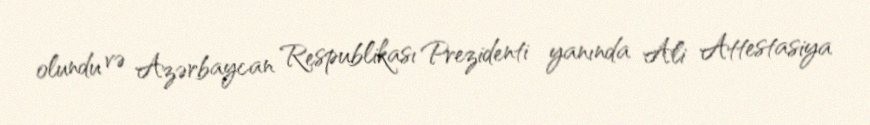
olundu və Azərbaycan Respublikası Prezidenti yanında Ali Attestasiya